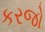
કરજો